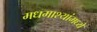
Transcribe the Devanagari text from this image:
मधमाश्यांमध्ये